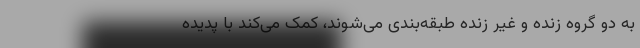
به دو گروه زنده و غیر زنده طبقه‌بندی می‌شوند، کمک می‌کند با پدیده